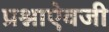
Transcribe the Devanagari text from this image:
प्रश्नाऐवजी